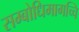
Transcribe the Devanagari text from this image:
सम्बोधिमागच्चि